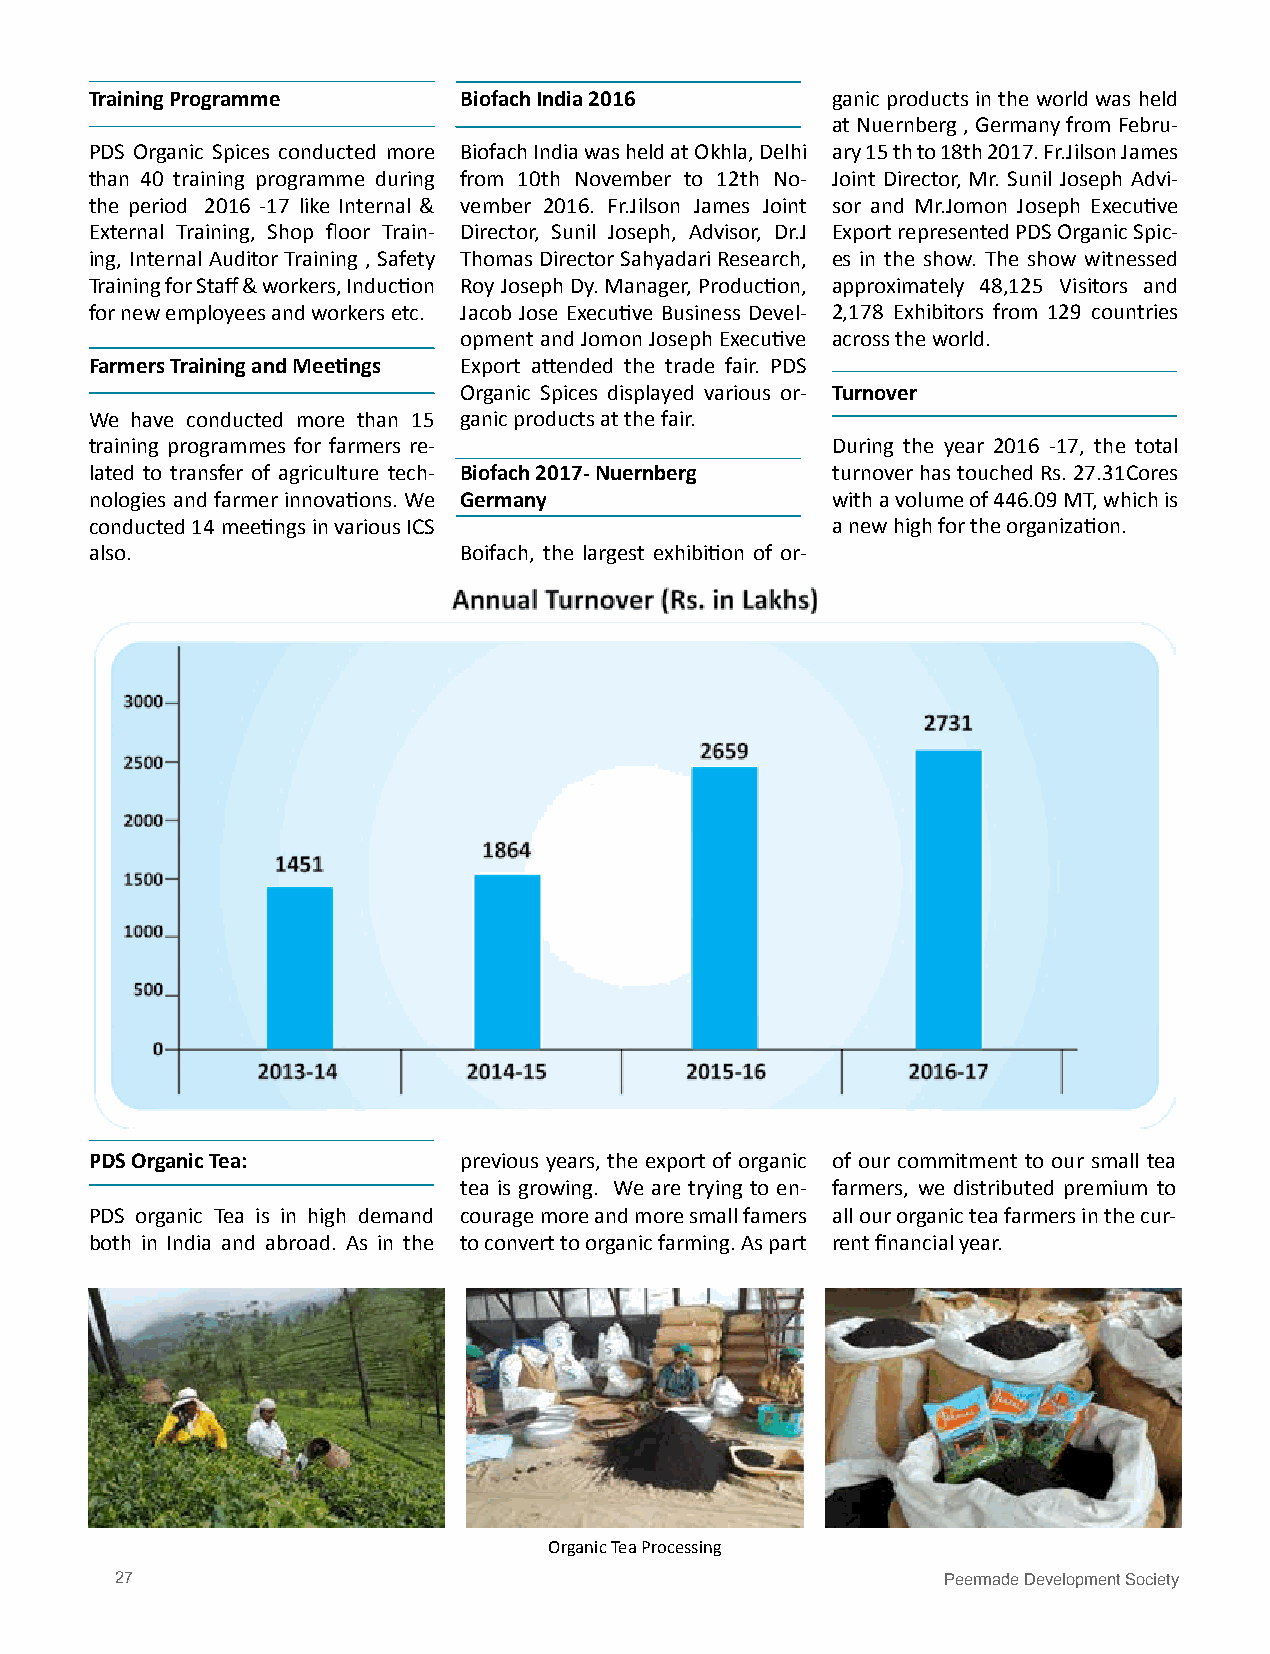
Training Programme      Biofach India 2016       ganic products in the world was held
 at Nuernberg , Germany from Febru-
 PDS Organic Spices conducted more Biofach India was held at Okhla, Delhi ary 15 th to 18th 2017. Fr.Jilson James
 than 40 training programme during from 10th November to 12th No- Joint Director, Mr. Sunil Joseph Advi-
 the period 2016 -17 like Internal & vember 2016. Fr.Jilson James Joint sor and Mr.Jomon Joseph Executive
 External Training, Shop floor Train- Director, Sunil Joseph, Advisor, Dr.J Export represented PDS Organic Spic-
 ing, Internal Auditor Training , Safety Thomas Director Sahyadari Research, es in the show. The show witnessed
 Training for Staff & workers, Induction Roy Joseph Dy. Manager, Production, approximately 48,125 Visitors and
 for new employees and workers etc. Jacob Jose Executive Business Devel- 2,178 Exhibitors from 129 countries
 opment and Jomon Joseph Executive across the world.
 Farmers Training and Meetings Export attended the trade fair. PDS
 Organic Spices displayed various or- Turnover
 We have conducted more than 15 ganic products at the fair.
 training programmes for farmers re-              During the year 2016 -17, the total
 lated to transfer of agriculture tech- Biofach 2017- Nuernberg turnover has touched Rs. 27.31Cores
 nologies and farmer innovations. We Germany      with a volume of 446.09 MT, which is
 conducted 14 meetings in various ICS             a new high for the organization.
 also.                   Boifach, the largest exhibition of or-
 PDS Organic Tea:        previous years, the export of organic of our commitment to our small tea
 tea is growing. We are trying to en- farmers, we distributed premium to
 PDS organic Tea is in high demand courage more and more small famers all our organic tea farmers in the cur-
 both in India and abroad. As in the to convert to organic farming. As part rent financial year.
 Organic Tea Processing
 27                                                     Peermade Development Society